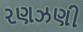
રણઝણી